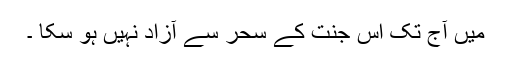
میں آج تک اس جنت کے سحر سے آزاد نہیں ہو سکا ۔